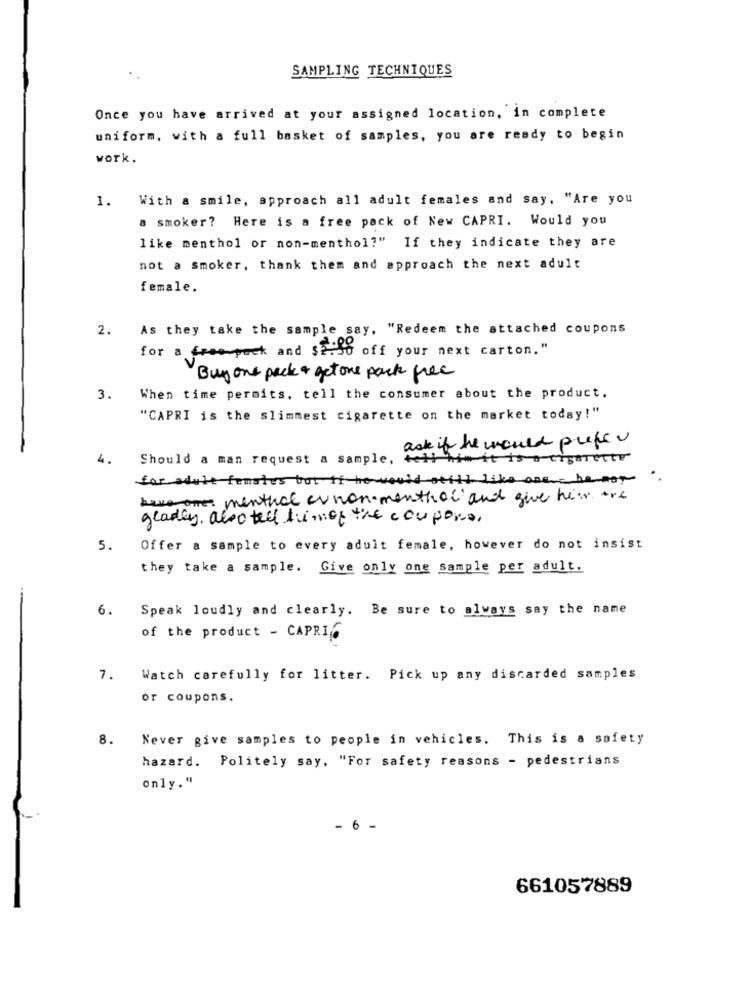
SAMPLING TECHNIQUES
Once you have arrived at your assigned location, in complete
uniform, with a full basket of samples, you are ready to begin
work.
With a smile, approach all adult females and say. "Are you
1.
a smoker? Here is a free pack of New CAPRI. Would you
like menthol or non-menthol?" If they indicate they are
not a smoker, thank them and approach the next adult
female.
2.
As they take the sample say, "Redeem the attached coupons
for a freempack and sendo off your next carton."
Buy one pack & get one pack free
3.
When time permits, tell the consumer about the product.
"CAPRI is the slimmest cigarette on the market today!"
ask if he would puffu
4.
Should a man request a sample, tell him it is a cigarette
for adult females but if he would still like ane- be mot
have one menthal av non- menthol and give him. ort
gladly. also tell himof the coupons,
5.
Offer a sample to every adult female, however do not insist
they take a sample. Give only one sample per adult.
6.
Speak loudly and clearly. Be sure to always say the name
of the product - CAPRIC
7. Watch carefully for litter. Pick up any discarded samples
or coupons.
8. Never give samples to people in vehicles. This is a safety
hazard. Politely say, "For safety reasons - pedestrians
only."
6 -
661057889